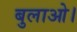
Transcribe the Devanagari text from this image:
बुलाओ।